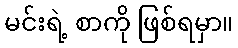
မင်းရဲ့ စာကို ဖြစ်ရမှာ။